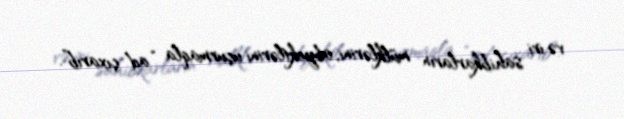
və iri sahibkarların mülklərini, obyektlərini uçurmaqla “ad çıxarıb”.